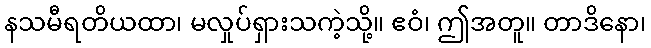
နသမီရတိယထာ၊ မလှုပ်ရှားသကဲ့သို့။ ဧဝံ၊ ဤအတူ။ တာဒိနော၊